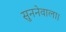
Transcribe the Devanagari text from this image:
सुननेवाला।